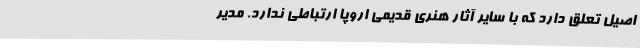
اصیل تعلق دارد که با سایر آثار هنری قدیمی اروپا ارتباطی ندارد. مدیر